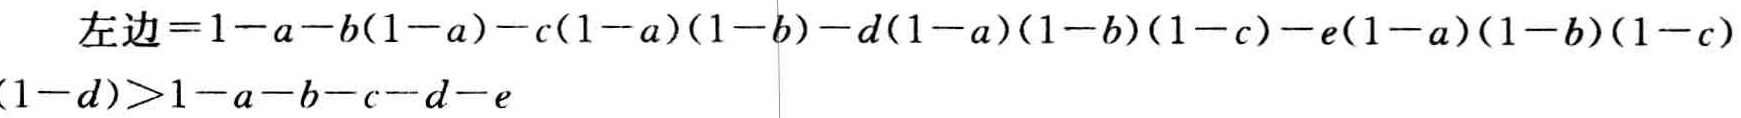
左边\(=1 - a - b(1 - a) - c(1 - a)(1 - b) - d(1 - a)(1 - b)(1 - c) - e(1 - a)(1 - b)(1 - c)(1 - d)>1 - a - b - c - d - e\)